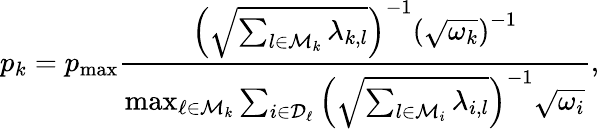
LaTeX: p_{k}=p_{\operatorname*{max}}\frac{\left(\sqrt{\sum_{l\in\mathcal{M}_{k}}\lambda_{k,l}}\right)^{-1}\left(\sqrt{\omega_{k}}\right)^{-1}}{\operatorname*{max}_{\ell\in\mathcal{M}_{k}}\sum_{i\in\mathcal{D}_{\ell}}\left(\sqrt{\sum_{l\in\mathcal{M}_{i}}\lambda_{i,l}}\right)^{-1}\sqrt{\omega_{i}}},